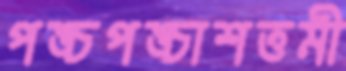
পঙ্চপঙ্চাশত্তমী